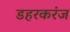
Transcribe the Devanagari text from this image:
डहरकरंज